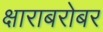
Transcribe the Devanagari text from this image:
क्षाराबरोबर